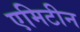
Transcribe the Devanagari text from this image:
एमिटीन